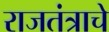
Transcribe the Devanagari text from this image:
राजतंत्राचे